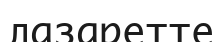
лазаретте